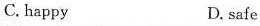
C. happy D. safe